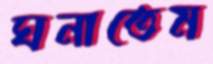
ঘনাতেম